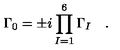
\Gamma _ { 0 } = \pm i \prod _ { I = 1 } ^ { 6 } \Gamma _ { I } \quad .